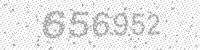
Solution: 656952